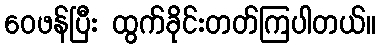
ဝေဖန်ပြီး ထွက်ခိုင်းတတ်ကြပါတယ်။